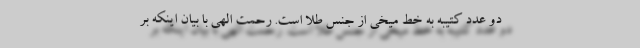
دو عدد کتیبه به خط میخی از جنس طلا است. رحمت الهی با بیان اینکه بر